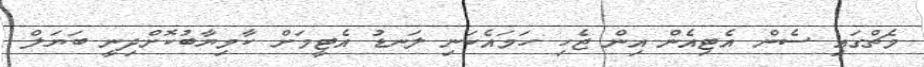
މެޗްގައި ސެން އެޓިއެން އިން ޖެހި ހަމައެކަނި ލަނޑު އެޓީމަށް ކާމިޔާބުކޮށްދިނީ ބަޔަލް